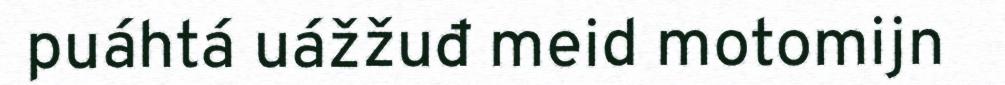
puáhtá uážžuđ meid motomijn